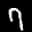
Label: 7